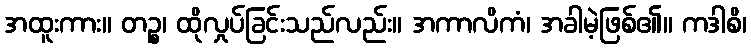
အထူးကား။ တဉ္စ၊ ထိုလှုပ်ခြင်းသည်လည်း။ အကာလိကံ၊ အခါမဲ့ဖြစ်၏။ ကဒါစိ၊